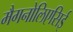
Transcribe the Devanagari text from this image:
मैगनोलिएसिई